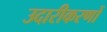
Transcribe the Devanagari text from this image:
उदारीकरणों